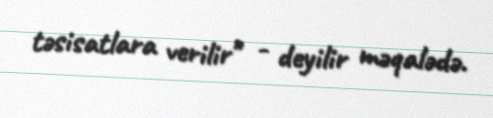
təsisatlara verilir" - deyilir məqalədə.